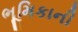
ભૂમિકાની